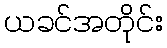
ယခင်အတိုင်း